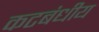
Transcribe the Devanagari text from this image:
कटबंधीय